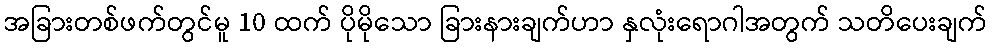
အခြားတစ်ဖက်တွင်မူ 10 ထက် ပိုမိုသော ခြားနားချက်ဟာ နှလုံးရောဂါအတွက် သတိပေးချက်